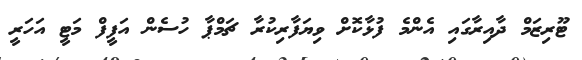
ޓޫރިޒަމް ދާއިރާގައި އެންމެ ފުޅާކޮށް ވިޔަފާރިކުރާ ޗަމްޕާ ހުސެން އަފީފް މަޓީ އަހަރީ